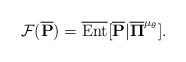
LaTeX: \begin{align*} \mathcal{F}( \overline{\mathbf{P}}) = \overline{{\rm Ent}}[ \overline{\mathbf{P}} | \overline{\mathbf{\Pi}}^{\mu_{\theta}}].\end{align*}